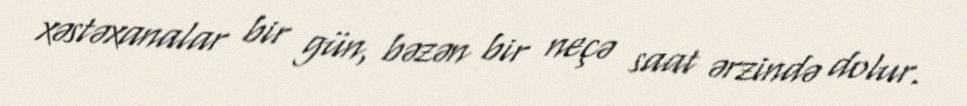
xəstəxanalar bir gün, bəzən bir neçə saat ərzində dolur.